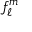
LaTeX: f _ { \ell } ^ { m }